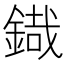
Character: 𮢜